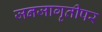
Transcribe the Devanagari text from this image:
जनजागृतीपर